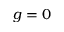
g = 0